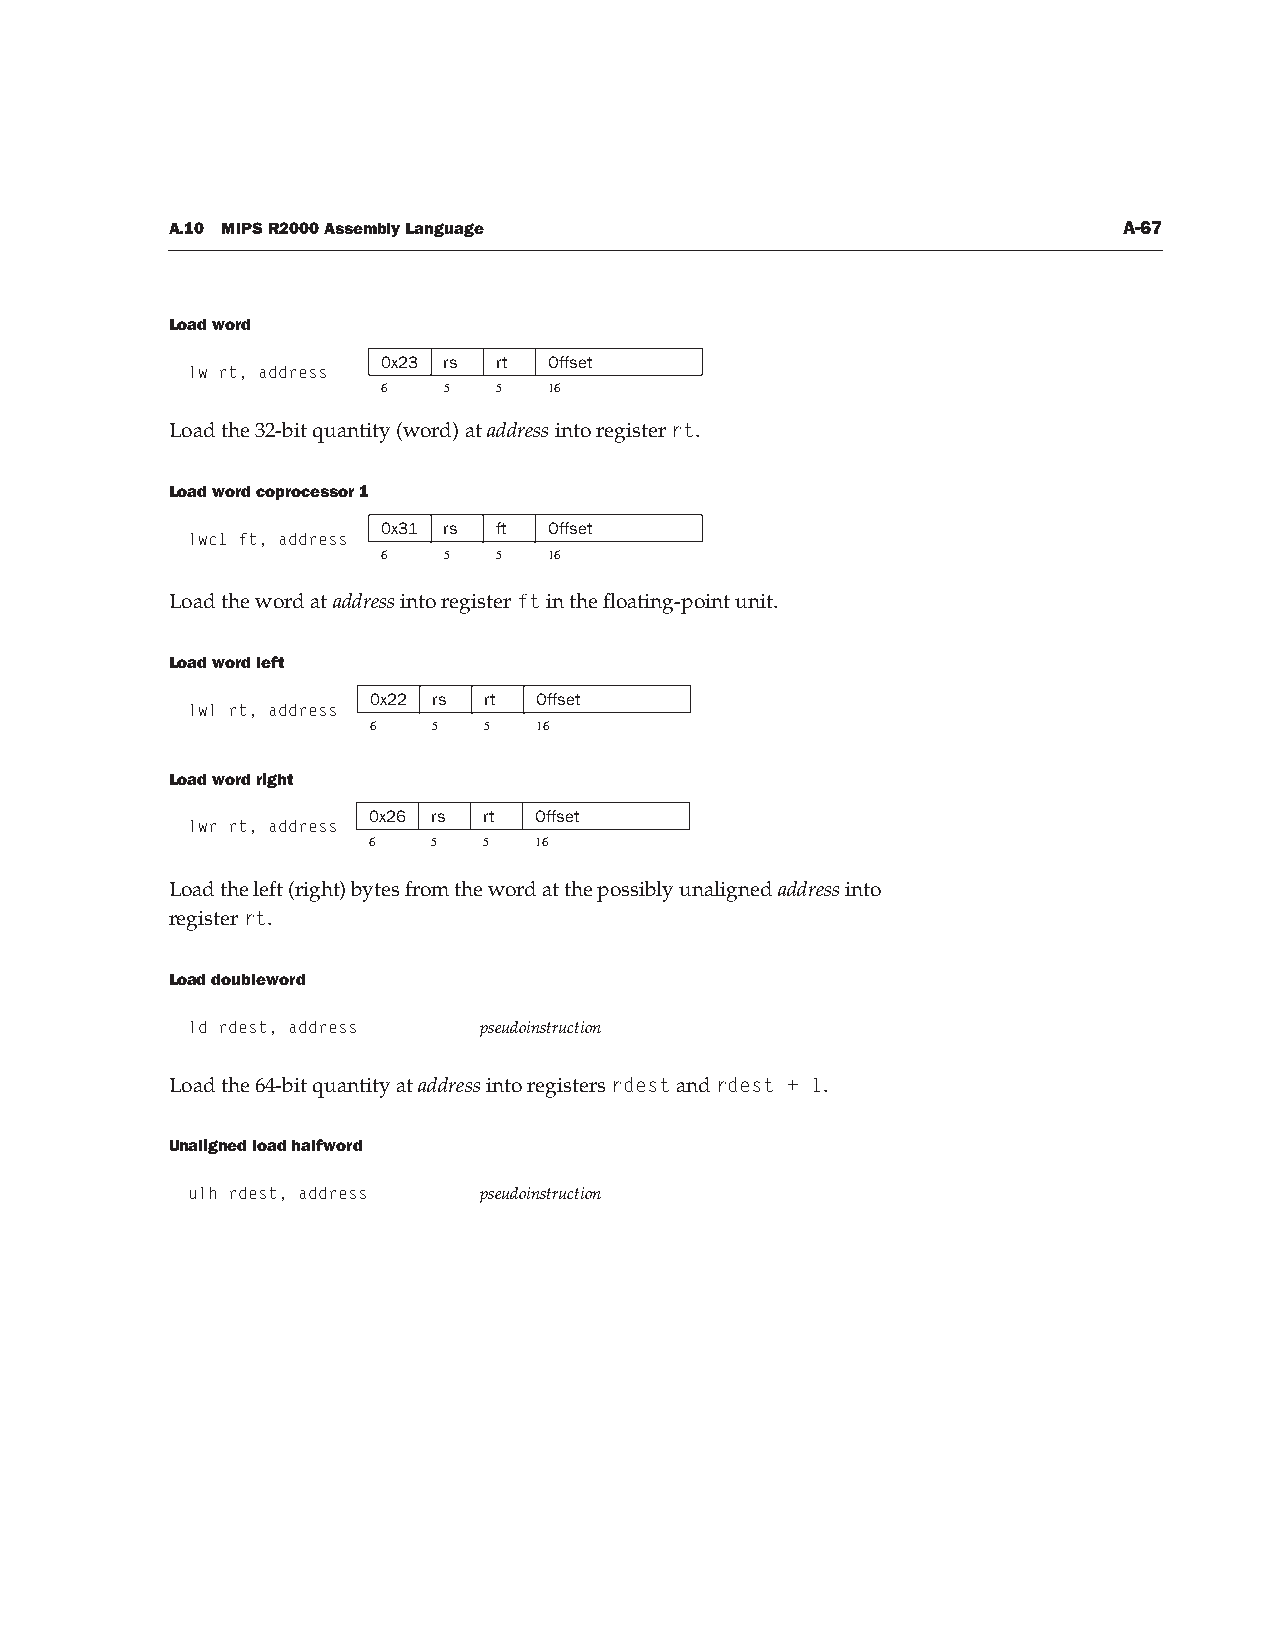
A.10 MIPS R2000 Assembly Language                              A-67
 Load word
 0x23 rs rt Offset
 lw rt, address
 6   5   5  16
 Load the 32-bit quantity (word) at address into register rt.
 Load word coprocessor 1
 0x31 rs ft Offset
 lwc1 ft, address
 6   5   5  16
 Load the word at address into register ft in the floating-point unit.
 Load word left
 0x22 rs rt  Offset
 lwl rt, address
 6    5  5   16
 Load word right
 0x26 rs rt Offset
 lwr rt, address
 6    5  5  16
 Load the left (right) bytes from the word at the possibly unaligned address into
 register rt.
 Load doubleword
 ld rdest, address   pseudoinstruction
 Load the 64-bit quantity at address into registers rdest and rdest + 1.
 Unaligned load halfword
 ulh rdest, address  pseudoinstruction